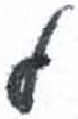
אות: ל